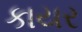
કાયર